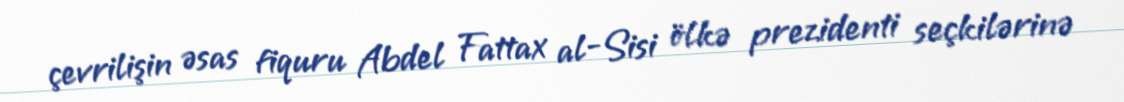
çevrilişin əsas fiquru Abdel Fattax al-Sisi ölkə prezidenti seçkilərinə